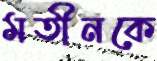
মতীনকে